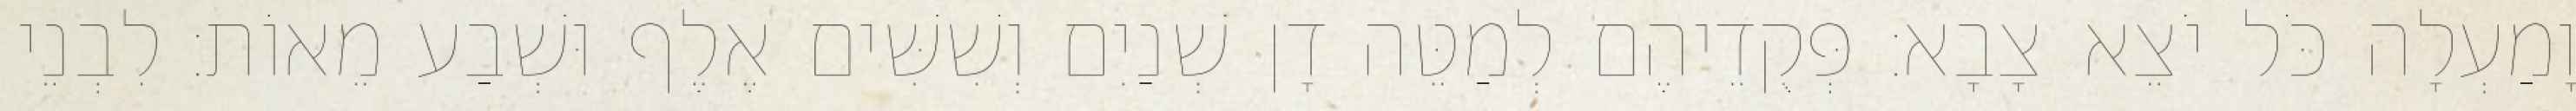
וָמַעְלָה כֹּל יֹצֵא צָבָא׃ פְּקֻדֵיהֶם לְמַטֵּה דָן שְׁנַיִם וְשִׁשִּׁים אֶלֶף וּשְׁבַע מֵאוֹת׃ לִבְנֵי